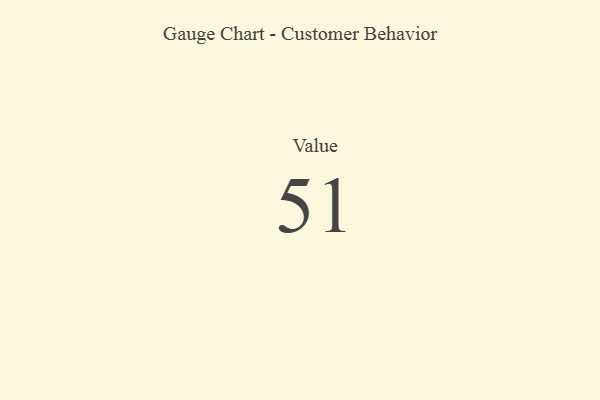
{"axis": {"x": "Metric", "y": "Value"}, "legend": [""], "data": [{"x": "Value", "y": 51, "type": ""}]}